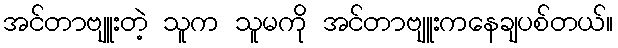
အင်တာဗျူးတဲ့ သူက သူမကို အင်တာဗျူးကနေချပစ်တယ်။